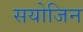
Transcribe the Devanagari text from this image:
सयोजिन